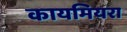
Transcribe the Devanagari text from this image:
कायमियरा